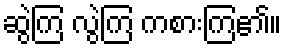
ဆွဲကြ လွဲကြ ကစားကြ၏။